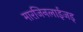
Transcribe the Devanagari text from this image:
मारजिनलाईजड्